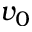
v _ { 0 }